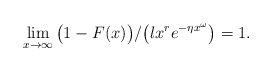
\begin{align*} \lim_{x \to \infty}{\bigr(1 - F(x)\bigr)/\bigr(l x^r e^{-\eta x^{\omega}}\bigr)} = 1. \end{align*}